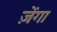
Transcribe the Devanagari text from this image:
ज़ेंगा